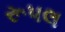
રૂપલ